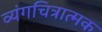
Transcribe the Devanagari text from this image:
व्यंगचित्रात्मक